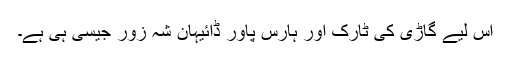
اس لیے گاڑی کی ٹارک اور ہارس پاور ڈائیہان شہ زور جیسی ہی ہے۔